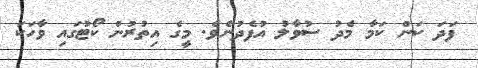
ފަދަ ކަން ކަމާ މެދު ސުވާލު އުފެދުނެވެ. މީގެ އިތުރުން ކޯޓުގައި ވާހަކަ